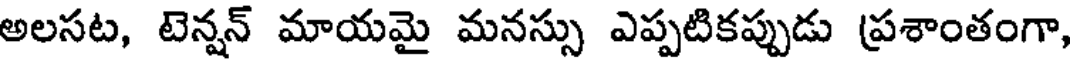
అలసట, టెన్షన్ మాయమై మనస్సు ఎప్పటికప్పుడు ప్రశాంతంగా,